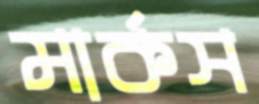
মার্কস